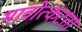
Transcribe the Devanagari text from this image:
भावोत्कटता